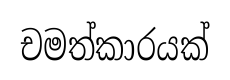
චමත්කාරයක්